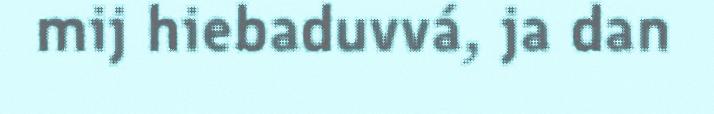
mij hiebaduvvá, ja dan